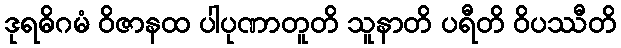
ဒုရဓိဂမံ ဝိဇာနထ ပါပုဏာတူတိ သူနာတိ ပရီတိ ဝိပဿီတိ